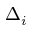
\Delta _ { i }